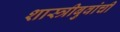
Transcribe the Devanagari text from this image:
शास्त्रीबुवांची